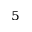
^ 5